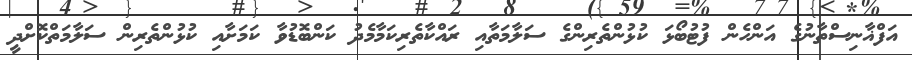
އަފްޣާނިސްތާނުގެ އަންހެން ފުޓުބޯޅަ ކުޅުންތެރިންގެ ސަލާމަތާއި ރައްކާތެރިކަމާމެދު ކަންބޮޑުވާ ކަމަށާއި ކުޅުންތެރިން ސަލާމަތްކޮށްދީ